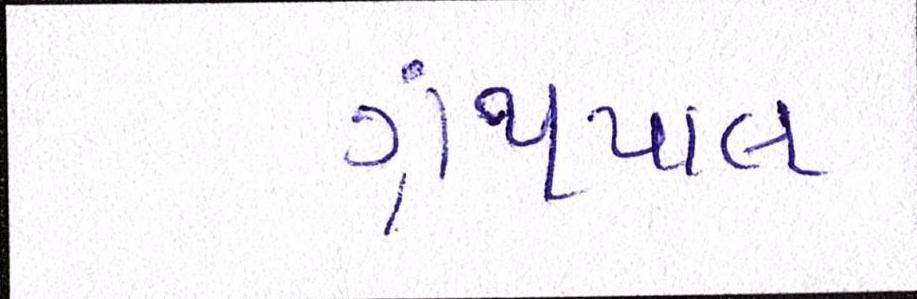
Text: ગ્રંથપાલ